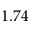
1 . 7 4